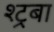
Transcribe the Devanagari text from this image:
श्ट्रबा